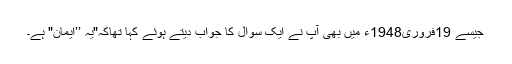
جیسے 19فروری1948ء میں بھی آپ نے ایک سوال کا جواب دیتے ہوئے کہا تھاکہ"یہ ’’ایمان" ہے۔